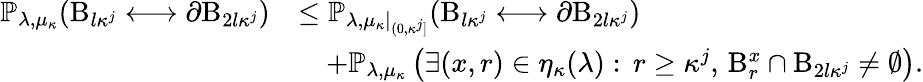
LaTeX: \begin{array}{rl}{\mathbb{P}_{\lambda,\mu_{\kappa}}(\mathrm B_{l\kappa^{j}}\longleftrightarrow\partial\mathrm B_{2l\kappa^{j}})}&{\leq\mathbb{P}_{\lambda,\mu_{\kappa}|_{(0,\kappa^{j}]}}(\mathrm B_{l\kappa^{j}}\longleftrightarrow\partial\mathrm B_{2l\kappa^{j}})}\\ &{\quad+\mathbb{P}_{\lambda,\mu_{\kappa}}\left(\exists(x,r)\in\eta_{\kappa}(\lambda):\, r\geq\kappa^{j},\, \mathrm B_{r}^{x}\cap\mathrm B_{2l\kappa^{j}}\neq\emptyset\right).}\end{array}